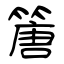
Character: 篖